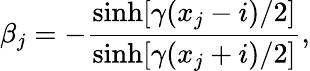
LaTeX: \beta_{j}=-\frac{\sinh[\gamma(x_{j}-i)/2]}{\sinh[\gamma(x_{j}+i)/2]},